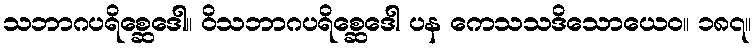
သဘာဂပရိစ္ဆေဒေါ။ ဝိသဘာဂပရိစ္ဆေဒေါ ပန ကေသသဒိသောယေဝ။ ၁၈၇။